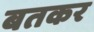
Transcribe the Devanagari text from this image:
बतकर